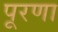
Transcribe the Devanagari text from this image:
पूरणा